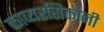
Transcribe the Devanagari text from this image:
काव्यरसिकांनी